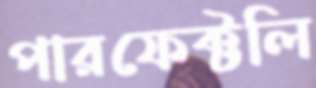
পারফেক্টলি